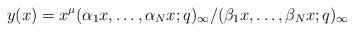
LaTeX: \begin{align*}y(x)=x^{\mu} (\alpha_1 x, \dots, \alpha_N x ;q)_{\infty} /(\beta_1 x, \dots, \beta_N x ;q)_{\infty}\end{align*}